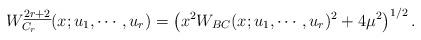
LaTeX: \begin{align*}W_{C_{r}}^{\underline{2r+2}}(x;u_{1}, \cdots, u_{r}) =\left(x^{2}W_{BC}(x;u_{1}, \cdots, u_{r})^{2}+4\mu^{2}\right)^{1/2}.\end{align*}